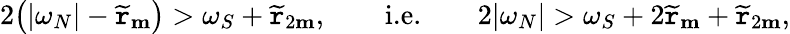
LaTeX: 2\big(|\omega_{N}|-\widetilde{\mathtt{r}}_{\mathbf{m}}\big)>\omega_{S}+\widetilde{\mathtt{r}}_{2\mathbf{m}},\qquad\textnormal{i.e.}\qquad 2|\omega_{N}|>\omega_{S}+2\widetilde{\mathtt{r}}_{\mathbf{m}}+\widetilde{\mathtt{r}}_{2\mathbf{m}},